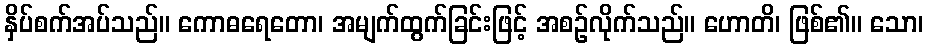
နှိပ်စက်အပ်သည်။ ကောဓရေတော၊ အမျက်ထွက်ခြင်းဖြင့် အစဉ်လိုက်သည်။ ဟောတိ၊ ဖြစ်၏။ သော၊